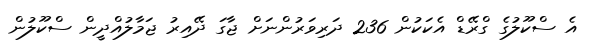
އެ ސްކޫލުގެ ގްރޭޑް އެކަކުން 236 ދަރިވަރުންނަށް ޖާގަ ދޭއިރު ޖަމާލުއްދީން ސްކޫލުން